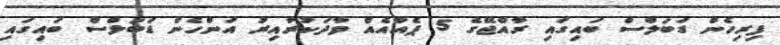
ފިރިހެން ޑަބަލްސް ބައިގައި ރާއްޖޭގެ 5 ޕެއާއެއް ވާދަކުރާއިރު އަންހެން ޑަބަލްސް ބައިގައި